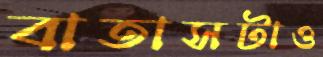
বাতাসটাও